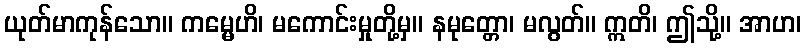
ယုတ်မာကုန်သော။ ကမ္မေဟိ၊ မကောင်းမှုတို့မှ။ နမုတ္တော၊ မလွတ်။ ဣတိ၊ ဤသို့။ အာဟ၊